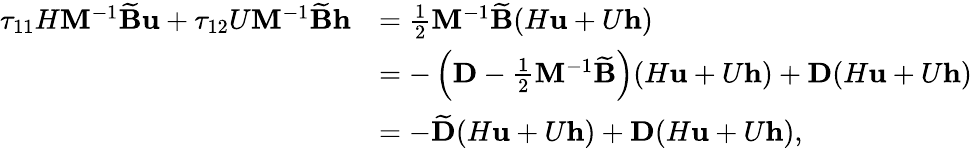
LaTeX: \begin{array}{rl}{\tau_{11}H\mathbf{M}^{-1}\widetilde{\mathbf{B}}\mathbf{u}+\tau_{12}U\mathbf{M}^{-1}\widetilde{\mathbf{B}}\mathbf{h}}&{=\frac{1}{2}\mathbf{M}^{-1}\widetilde{\mathbf{B}}(H\mathbf{u}+U\mathbf{h})}\\ &{=-\left(\mathbf{D}-\frac{1}{2}\mathbf{M}^{-1}\widetilde{\mathbf{B}}\right)(H\mathbf{u}+U\mathbf{h})+\mathbf{D}(H\mathbf{u}+U\mathbf{h})}\\ &{=-\widetilde{\mathbf{D}}(H\mathbf{u}+U\mathbf{h})+\mathbf{D}(H\mathbf{u}+U\mathbf{h}),}\end{array}